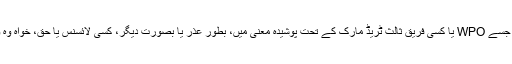
اس معاہدے میں کچھ بھی ایسا شامل نہیں ہے جسے WPO یا کسی فریق ثالث ٹریڈ مارک کے تحت پوشیدہ معنی میں، بطور عذر یا بصورت دیگر، کسی لائسنس یا حق، خواہ وہ واضح ہو یا مضمر، کی تصدیق سمجھا جائے۔